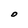
Character: O